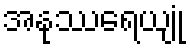
အနုဿရေယျုံ